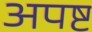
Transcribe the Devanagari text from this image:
अपष्ट